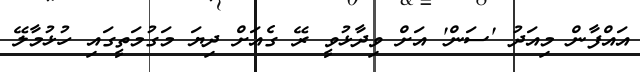
އައްފާން މިއަދު 'ސަން' އަށް ވިދާޅުވީ ރޭ ގެއަށް ދިޔަ މަގުމަތީގައި ހުޅުމާލޭ